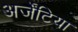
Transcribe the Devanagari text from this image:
अर्जेंटिया